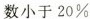
数小于20\%